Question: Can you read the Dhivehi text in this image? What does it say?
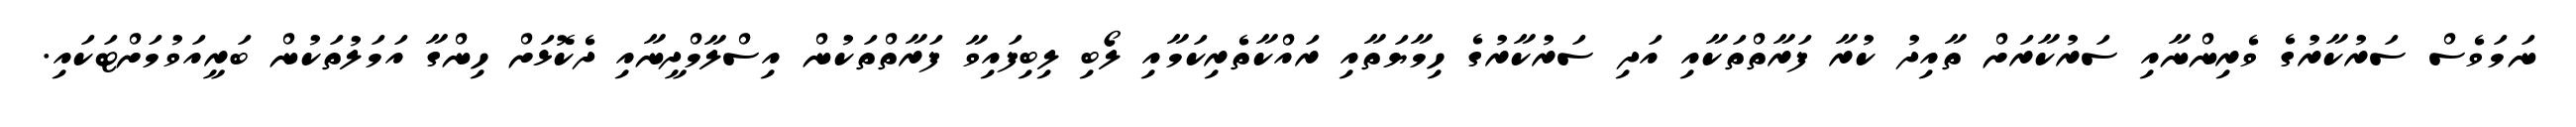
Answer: ނަމަވެސް ސަރުކާރުގެ ވެރިންނާއި ސަރުކާރަށް ތާއިދު ކުރާ ފަރާތްތަކާއި އަދި ސަރުކާރުގެ ހިމާޔަތާއި ރައްކާތެރިކަމާއި ލޯބި ލިބިފައިވާ ފަރާތްތަކުން އިސްލާމްދީނާއި ދެކޮޅަށް ހިންގާ އަމަލުތަކުން ބަރީއަވުމަށްޓަކައި.